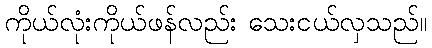
ကိုယ်လုံးကိုယ်ဖန်လည်း သေးငယ်လှသည်။